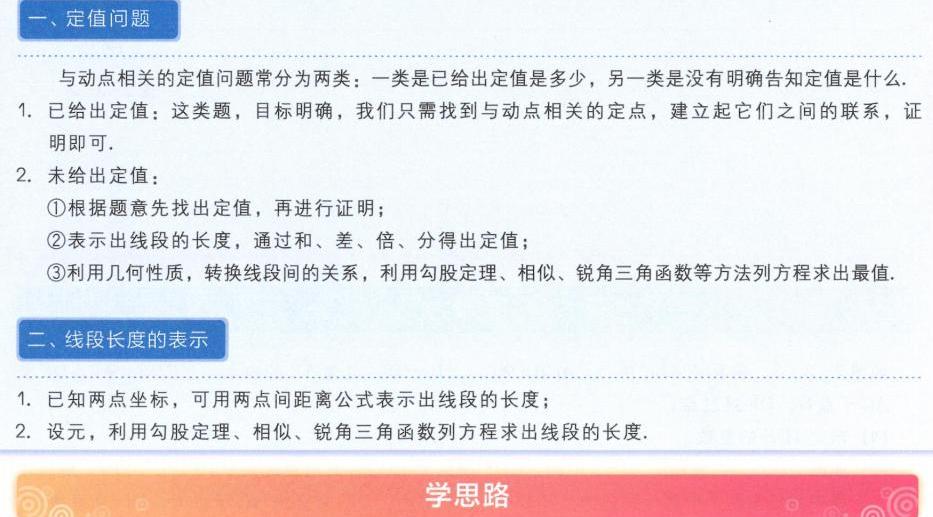
一、定值问题

与动点相关的定值问题常分为两类：一类是已给出定值是多少，另一类是没有明确告知定值是什么.
1. 已给出定值：这类题，目标明确，我们只需找到与动点相关的定点，建立起它们之间的联系，证明即可.
2. 未给出定值：
    \textcircled{1}根据题意先找出定值，再进行证明；
    \textcircled{2}表示出线段的长度，通过和、差、倍、分得出定值；
    \textcircled{3}利用几何性质，转换线段间的关系，利用勾股定理、相似、锐角三角函数等方法列方程求出最值.

二、线段长度的表示

1. 已知两点坐标，可用两点间距离公式表示出线段的长度；
2. 设元，利用勾股定理、相似、锐角三角函数列方程求出线段的长度.

学思路